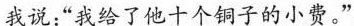
我说：”我给了他十个铜子的小费。”